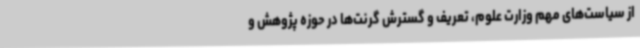
از سیاست‌های مهم وزارت علوم، تعریف و گسترش گرنت‌ها در حوزه پژوهش و